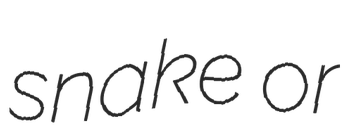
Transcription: snake or